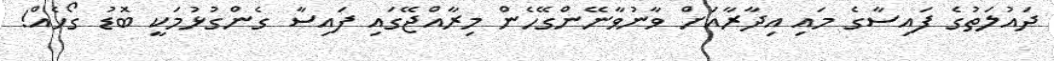
ދައުލަތުގެ ފައިސާގެ މައި އިދާރާއަށް ވާނުވާނޭންގޭހެން މިރާއްޖޭގައި ފައިސާ ގެންގުޅުމަކީ ބޮޑު ގޯހެއް!